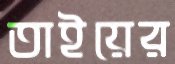
তাইয়ের